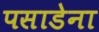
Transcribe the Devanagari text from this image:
पसाडेना